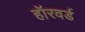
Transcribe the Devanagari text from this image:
हॉरवर्ड